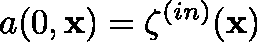
a ( 0 , \mathbf { x } ) = \mathbf { \zeta } ^ { ( i n ) } ( \mathbf { x } )